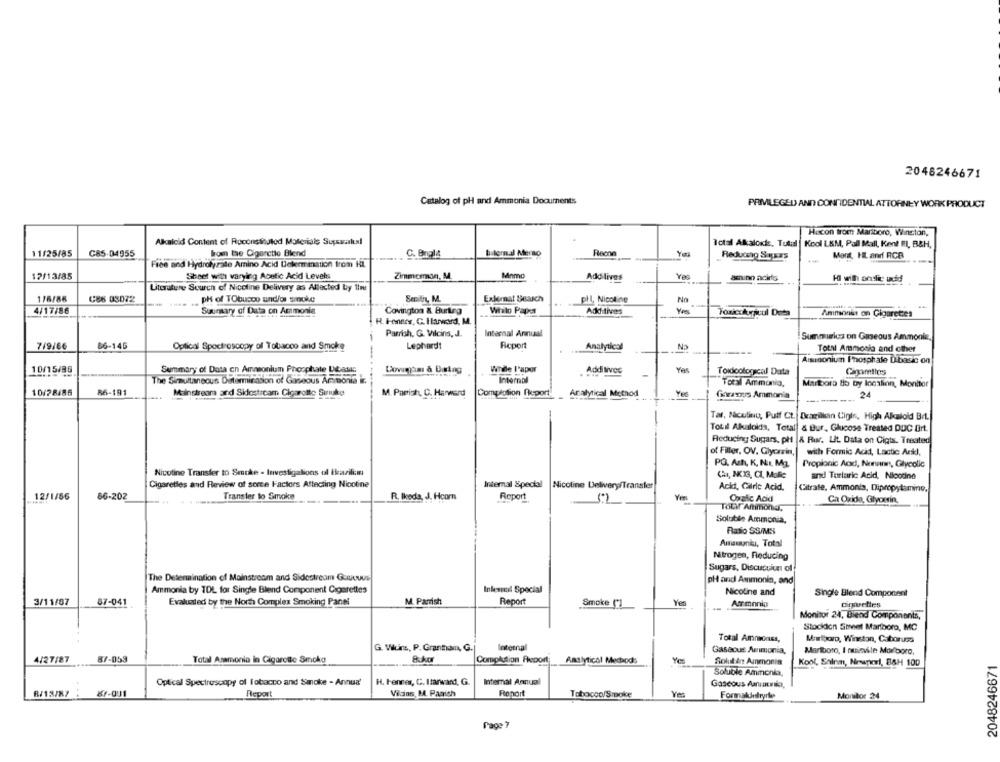
2048246671
Catalog of pH and Ammonia Documents
PRIMLEGED AND CONFIDENTIAL ATTORNEY WORK PRODUCT
Hacon from Mariboro, Winston,
Alkaloid Content of Roconstituted Materiais Suprsalıxl
Total Akalorks, Tutul |Kool LKM, Pall Mall, Kent EL, B&H.
11/25/85
C85-04955
bulemal Merso
bom the Cigarette Blend
C. Brala
Reducing Stars
Mont, HL andi RCB
Free and Hydrolyzale Amino Acid Determination trom Hl.
12/13/85
Zimmerman, M.
Sheet with varying Acetic Acid Levels
Momo
Addlives
amino acids
Literature Scurcn of Nicoline Delivery as Allected by 1im
1/6/86
C88 08072
Exkemnat Search
PH of TObusco und/os smoke
Seraitit, M.
phl, Nicoline
No
4/17/86
Suuntary of Data on Ammonia
Covington & Burling
Whalo Paper
Additives
Yes
Toxicckyacul Data
Ammonit on Cigarettes
R. F-onnes, C. I tarvoird. M.
Parrish, G. Vilcins, J.
Internal Annual
Summusica on Gaseous Ammonia,
7/9/66
86-146
Optical Spectroscopy of Tobacco and Smoke
Lephardt
Report
Analytical
Total Ammonia and other
Ammusoniun Phosphale Dibasic on
10/15/96
Summary of Data en Amasonium Phosphate Dias
Whide l'apor
Addi lives
-
Yes
Toxicological Data
The Simultaneous Determination of Gaseous Ammonia i.
Internal
Total Ammonia,
Martboro Bo by location, Monitor
10/78486
86-191
Mainstream and Sidostream Cigarette Surnuke
M. Parish, C. Harward
Compassion Report
Analytical Method
Ye
Gozarzus Ammonia
24
Tar, Nicolino, Puff Ct. Dragilkan Cigie, High Alkalold Br1.
Totil Alkalokis, Total & Bur, Glucose Treated DUC Ert.
Reducing Sugars, pl & Rur. Lit. Data on Cigts. Treated
of Filler, OV. Glycerin,
with Formic Acid, Lactic Arkl,
PO. Acht, K, Nur, Mg.
Propionic Acid, Nemann, Glycolic
Nicotine Transfer to Smoke - Investigalions ol Eiravilim
and Turlaric Acid, Nicodine
Cigarettes and Review of sorce Factors Attacting Nicotine
Internal Special
Nicoline Delivery/Transfer
Acid, Calric Acid,
Citrate, Ammonia, Dipropytamino,
86-202
Transfer to Smoke
Roport
12/1/56
R. Ikeda, J. Hcom
Oxalic Acid
Ca Oxida, Glycerin,
ToDir Ammona,
Soluble Ammonia,
Raso SS/MS
Amasunku, Total
Nitrogen, Reducing
Sugars, Discucuiun of
The Determination of Mainstream and Sidestream Guus
pH and Ammonia, and
Ammonia by TOL for Single Blend Component Cigarettes
Inkemul Special
Nicotine and
Single Blend Component
3/11/87
87-041
Evaluated by the North Complex Smoking Panel
M. Parrish
Report
Smoke (*]
Yes
Armonio
Monitor 24, Biend Components,
Stockion Sweet Marlboro, MC
Total Amnionss,
Marlboro, Winston, Caborusso
G. Viluins, P. Grantham, G.|
Internal
Gaseous Ammonia,
Marlboro, I minéle Marlboro,
4/27/87
87-059
Total Asamonia in Cigarette Smoke
Completion Freport
Analytical Mechods
Solut in Ammonia
Kool, Salnm, Nesarei, 88H 100
2048246671
Soluble Ammonia,
Optical Spectroscopy of Tobacco and Smoke - Annua'
H. Fenner, C. I tarward, G.
Intemal Annual
Gaseous Amatic,
R/13/87
87-001
Report
Vilains M. Panish
Roport
Tabacco/Smoke
Ves
Formaldedryrle
Monitor 24
Page ?